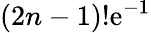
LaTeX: (2n-1)!\mathrm{e}^{-1}